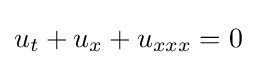
u_{t}+u_{x}+u_{xxx}=0